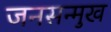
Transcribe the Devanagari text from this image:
जनसन्मुख